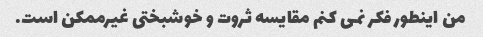
من اینطور فکر نمی کنم مقایسه ثروت و خوشبختی غیرممکن است.